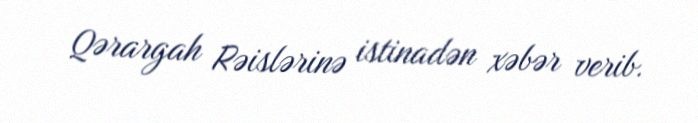
Qərargah Rəislərinə istinadən xəbər verib.